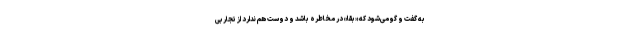
به گفت و گو می‌شود که «بقا» در مخاطره باشد و دوست هم ندارد از تجاربی